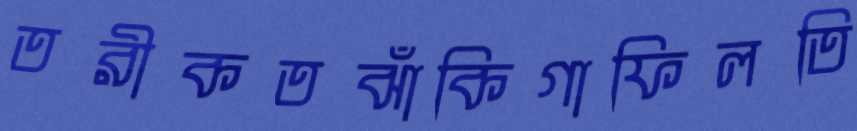
তরীকতঝাঁকিগাফিলতি